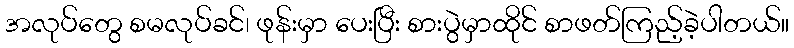
အလုပ်တွေ စမလုပ်ခင်၊ ဖုန်းမှာ ပေးပြီး စားပွဲမှာထိုင် စာဖတ်ကြည့်ခဲ့ပါတယ်။